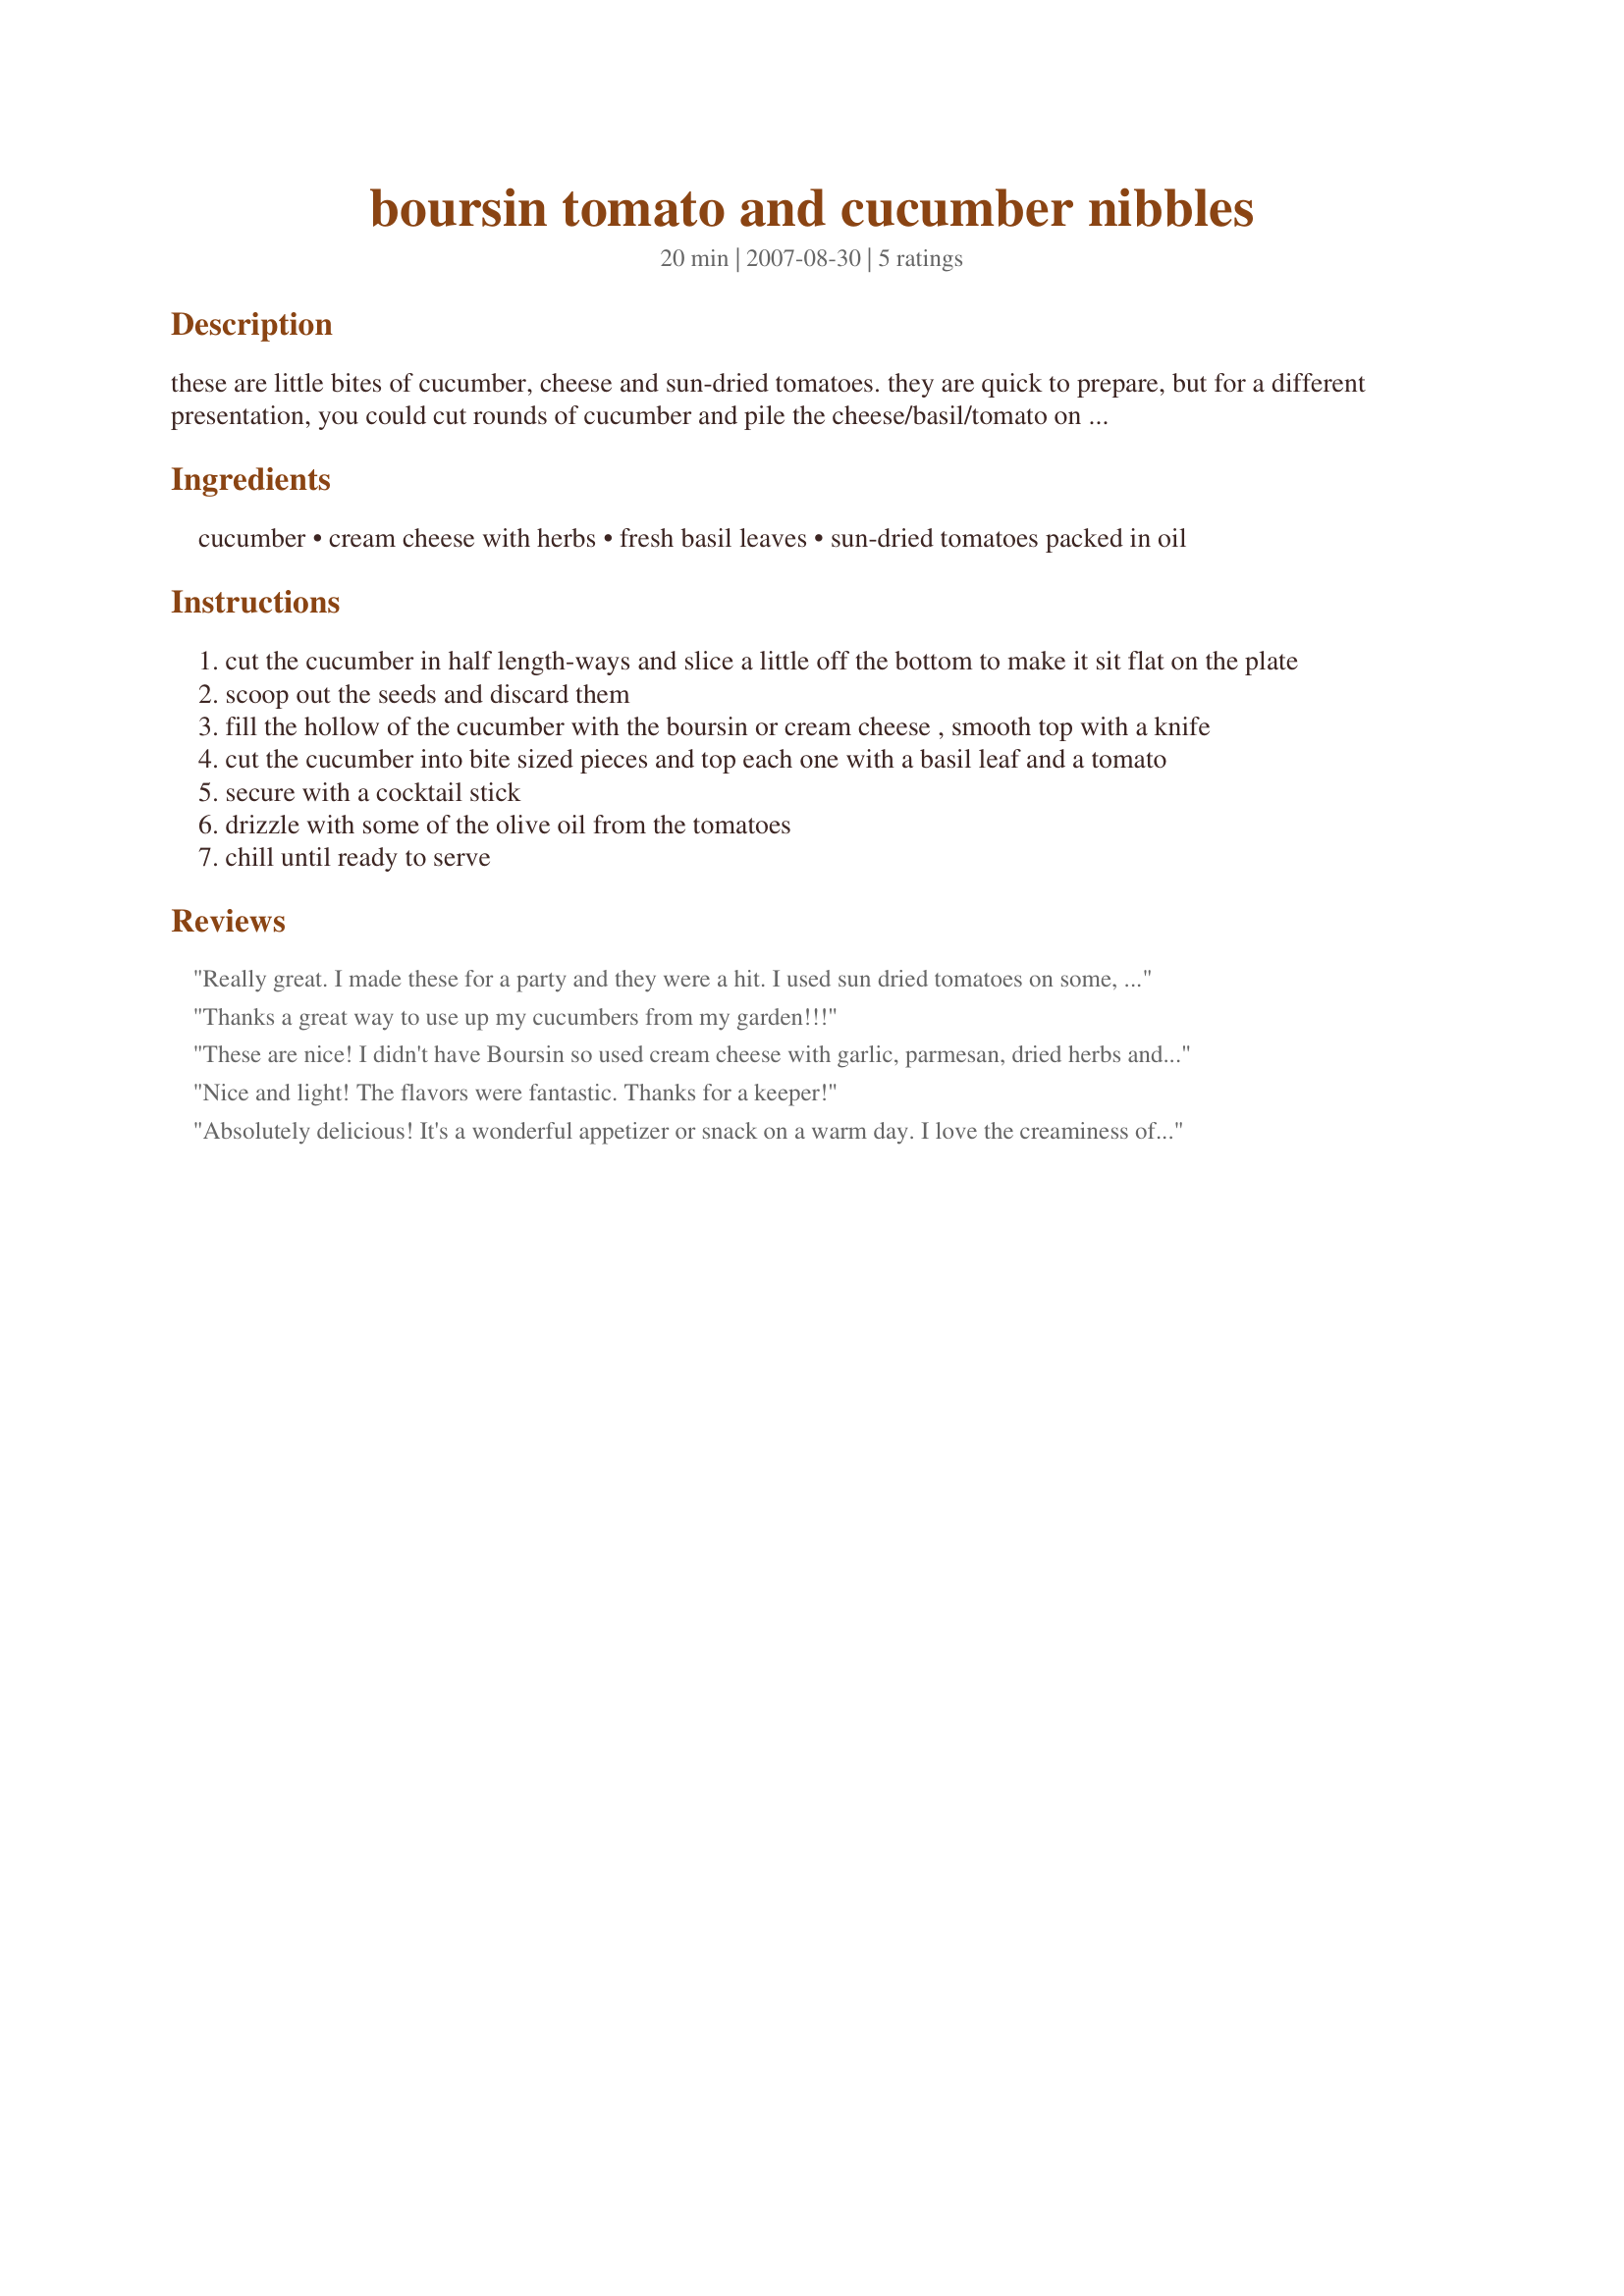
boursin tomato and cucumber nibbles
Preparation time: 20 minutes

these are little bites of cucumber, cheese and sun-dried tomatoes. they are quick to prepare, but for a different presentation, you could cut rounds of cucumber and pile the cheese/basil/tomato on top. the amount of nibbles depends on the size of the cucumber, so ingredient amounts are a guide. you don't have to use boursin, which is a soft french cheese, you can use cream cheese and in fact, the recipezaar system wouldn't let me type in 'boursin'.
recipe comes from my blog.

Ingredients:
cucumber, cream cheese with herbs, fresh basil leaves, sun-dried tomatoes packed in oil

Steps:
cut the cucumber in half length-ways and slice a little off the bottom to make it sit flat on the plate
scoop out the seeds and discard them
fill the hollow of the cucumber with the boursin or cream cheese , smooth top with a knife
cut the cucumber into bite sized pieces and top each one with a basil leaf and a tomato
secure with a cocktail stick
drizzle with some of the olive oil from the tomatoes
chill until ready to serve

Reviews:
Really great. I made these for a party and they were a hit. I used sun dried tomatoes on some, sun dried peppers on others. Also, instead of olive oil from the tomatoes, I used garlic infused olive oil.
Thanks a great way to use up my cucumbers from my garden!!!
These are nice! I didn't have Boursin so used cream cheese with garlic, parmesan, dried herbs and fresh parsley mixed in. I had one 8-inch long cucumber and got about 20 pieces. The tomatoes and herbs were a great combo with the cuke. Thanks for sharing!
Nice and light! The flavors were fantastic. Thanks for a keeper!
Absolutely delicious! It's a wonderful appetizer or snack on a warm day. I love the creaminess of the Boursin cheese combined with the tanginess of the sun-dried tomato. The basil is a perfect compliment to the flavors of the other ingredients, and the cucumber is refreshing and mild. It was very easy to put together. I am going to make this recipe as one of the appetizers at my next party when it gets warm out again. Thanks for sharing such a yummy recipe!
